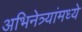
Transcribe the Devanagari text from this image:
अभिनेत्र्यांमध्ये